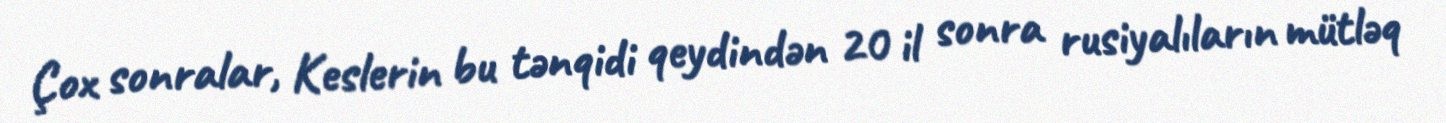
Çox sonralar, Keslerin bu tənqidi qeydindən 20 il sonra rusiyalıların mütləq